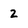
Character: 2